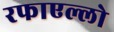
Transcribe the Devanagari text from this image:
रफाएल्लो